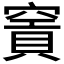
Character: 𥧡